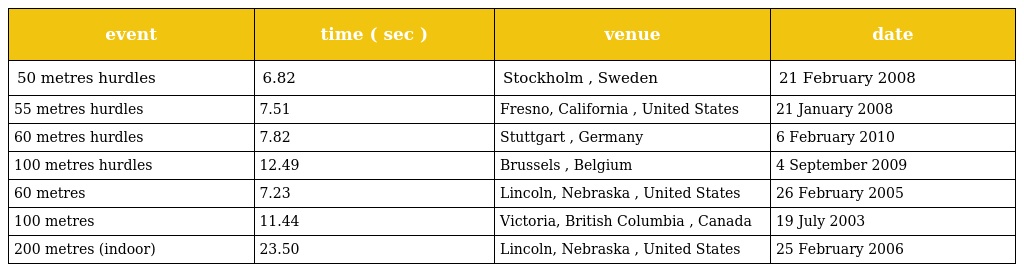
| event | time ( sec ) | venue | date |
 | --- | --- | --- | --- |
 | 50 metres hurdles | 6.82 | Stockholm , Sweden | 21 February 2008 |
 | 55 metres hurdles | 7.51 | Fresno, California , United States | 21 January 2008 |
 | 60 metres hurdles | 7.82 | Stuttgart , Germany | 6 February 2010 |
 | 100 metres hurdles | 12.49 | Brussels , Belgium | 4 September 2009 |
 | 60 metres | 7.23 | Lincoln, Nebraska , United States | 26 February 2005 |
 | 100 metres | 11.44 | Victoria, British Columbia , Canada | 19 July 2003 |
 | 200 metres (indoor) | 23.50 | Lincoln, Nebraska , United States | 25 February 2006 |